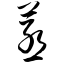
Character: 蒸